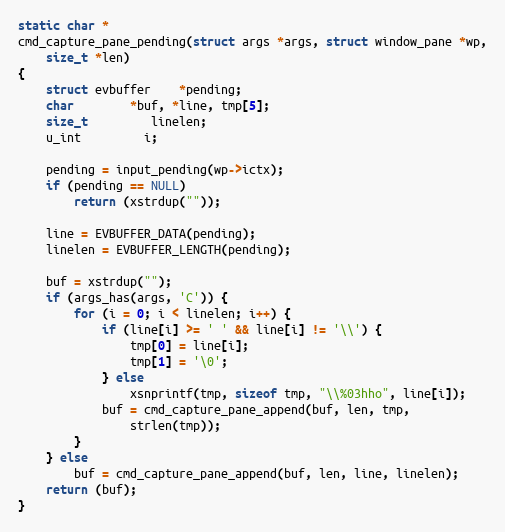
Language: C
static char *
cmd_capture_pane_pending(struct args *args, struct window_pane *wp,
    size_t *len)
{
	struct evbuffer	*pending;
	char		*buf, *line, tmp[5];
	size_t		 linelen;
	u_int		 i;

	pending = input_pending(wp->ictx);
	if (pending == NULL)
		return (xstrdup(""));

	line = EVBUFFER_DATA(pending);
	linelen = EVBUFFER_LENGTH(pending);

	buf = xstrdup("");
	if (args_has(args, 'C')) {
		for (i = 0; i < linelen; i++) {
			if (line[i] >= ' ' && line[i] != '\\') {
				tmp[0] = line[i];
				tmp[1] = '\0';
			} else
				xsnprintf(tmp, sizeof tmp, "\\%03hho", line[i]);
			buf = cmd_capture_pane_append(buf, len, tmp,
			    strlen(tmp));
		}
	} else
		buf = cmd_capture_pane_append(buf, len, line, linelen);
	return (buf);
}